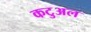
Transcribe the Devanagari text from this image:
कटुअल